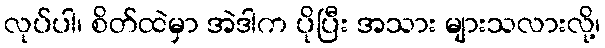
လုပ်ပါ၊ စိတ်ထဲမှာ အဲဒါက ပိုပြီး အသား များသလားလို့၊